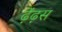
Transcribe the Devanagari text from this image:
ढ़ेंढ़स